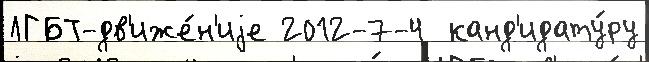
ЛГБТ-дв'иже́н'иjе 2012-7-4  канд'идату́ру